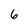
Character: 6